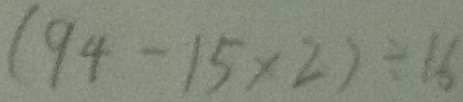
( 9 4 - 1 5 \times 2 ) \div 1 6